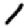
Digit: 1